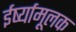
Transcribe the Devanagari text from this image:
ईर्ष्यामूलक